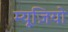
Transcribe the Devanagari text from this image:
म्यूज़ियो